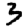
Digit: 3